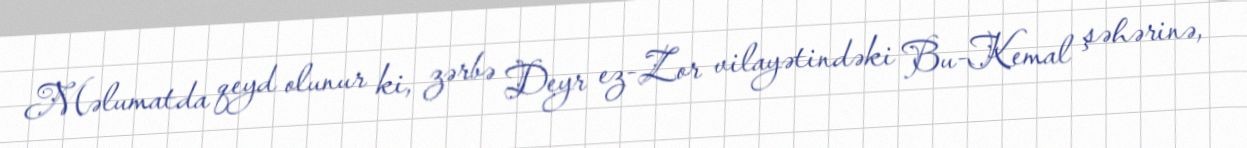
Məlumatda qeyd olunur ki, zərbə Deyr ez-Zor vilayətindəki Bu-Kemal şəhərinə,